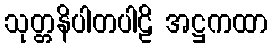
သုတ္တနိပါတပါဠိ အဋ္ဌကထာ